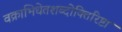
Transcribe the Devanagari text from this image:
वक्राभिधेतशब्दोक्तिरिष्टा